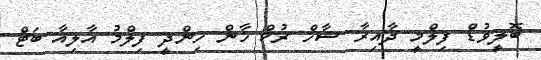
ބޮލީވުޑް ފިލްމީ ދާއިރާ ޝާޚް ރުކް ޚާން ހިންދީ ފިލްމު އާލިއާ ބަޓް